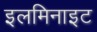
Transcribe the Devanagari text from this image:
इलमिनाइट